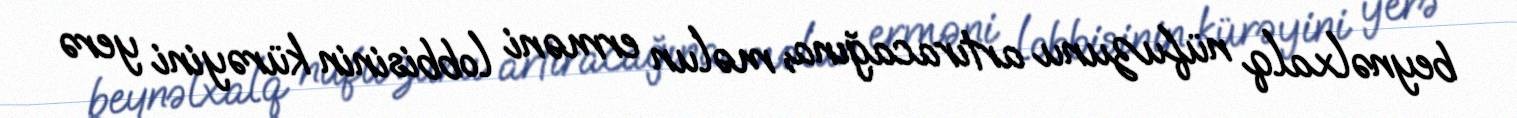
beynəlxalq nüfuzunu artıracağına, məlun erməni lobbisinin kürəyini yerə